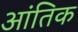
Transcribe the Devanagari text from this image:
आंतिक